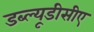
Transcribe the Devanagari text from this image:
डब्ल्यूडीसीए